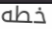
خطه